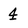
Character: 4